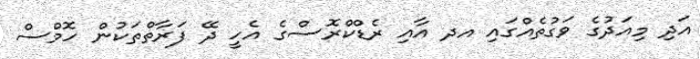
އަދި މިއަދުގެ ވަގުތެއްގައި އދ އާއި ރެޑްކްރޮސްގެ އެހީ ދޭ ފަރާތްތަކުން ހޮމްސް